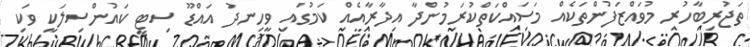
ތަޖުރިބާހުރި މުވައްޒަފުންތަކެއް މަސައްކަތްކުރަމުންދާ އިދާރާއެއް ކަމުގައި ވީހިނދު އައްޑޫ ސިޓީ ކައުންސިލަކީ ވަކި